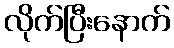
လိုက်ပြီးနောက်